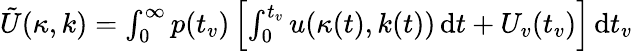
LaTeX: \begin{array}{r}{\tilde{U}(\kappa,k)=\int_{0}^{\infty}p(t_{v})\left[\int_{0}^{t_{v}}u(\kappa(t),k(t))\, \mathrm{d}t+U_{v}(t_{v})\right]\, \mathrm{d}t_{v}}\end{array}